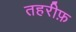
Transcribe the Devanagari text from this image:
तहरीफ़